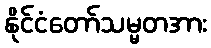
နိုင်ငံတော်သမ္မတအား